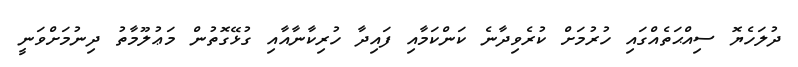
ދުލަހެޔޮ ސިއްޙަތެއްގައި ހުރުމަށް ކުރެވިދާނެ ކަންކަމާއި ފައިދާ ހުރިކާނާއާއި ގުޅޭގޮތުން މަޢުލޫމާތު ދިނުމަށްވަނީ